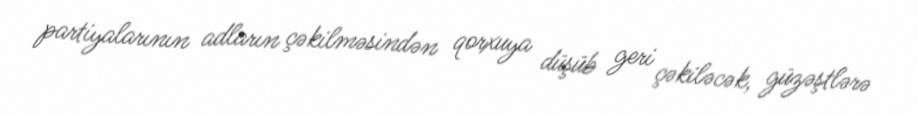
partiyalarının adların çəkilməsindən qorxuya düşüb geri çəkiləcək, güzəştlərə